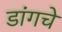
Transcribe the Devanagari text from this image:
डांगचे